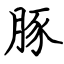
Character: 豚